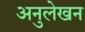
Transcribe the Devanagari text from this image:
अनुलेखन